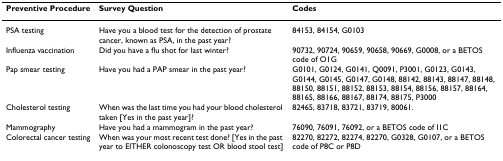
<table><thead><tr><td><b>Preventive Procedure</b></td><td><b>Survey Question</b></td><td><b>Codes</b></td></tr></thead><tbody><tr><td>PSA testing</td><td>Have you a blood test for the detection of prostate cancer, known as PSA, in the past year?</td><td>84153, 84154, G0103</td></tr><tr><td>Influenza vaccination</td><td>Did you have a flu shot for last winter?</td><td>90732, 90724, 90659, 90658, 90669, G0008, or a BETOS code of O1G</td></tr><tr><td>Pap smear testing</td><td>Have you had a PAP smear in the past year?</td><td>G0101, G0124, G0141, Q0091, P3001, G0123, G0143, G0144, G0145, G0147, G0148, 88142, 88143, 88147, 88148, 88150, 88151, 88152, 88153, 88154, 88156, 88157, 88164, 88165, 88166, 88167, 88174, 88175, P3000</td></tr><tr><td>Cholesterol testing</td><td>When was the last time you had your blood cholesterol taken [Yes in the past year]?</td><td>82465, 83718, 83721, 83719, 80061.</td></tr><tr><td>Mammography</td><td>Have you had a mammogram in the past year?</td><td>76090, 76091, 76092, or a BETOS code of I1C</td></tr><tr><td>Colorectal cancer testing</td><td>When was your most recent test done? [Yes in the past year to EITHER colonoscopy test OR blood stool test]</td><td>82270, 82272, 82274, 82270, G0328, G0107, or a BETOS code of P8C or P8D</td></tr></tbody></table>